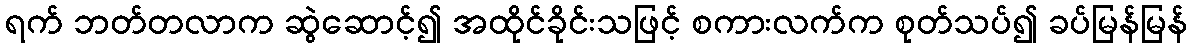
ရက် ဘတ်တလာက ဆွဲဆောင့်၍ အထိုင်ခိုင်းသဖြင့် စကားလက်က စုတ်သပ်၍ ခပ်မြန်မြန်